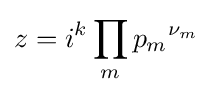
z=i^{k}\prod _{m}{p_{m}}^{\nu _{m}}